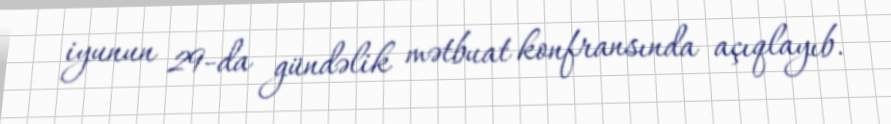
iyunun 29-da gündəlik mətbuat konfransında açıqlayıb.